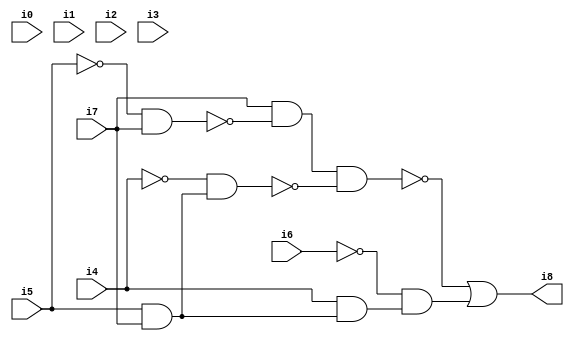
// Benchmark "SKOLEMFORMULA" written by ABC on Mon May  4 15:54:08 2020

module SKOLEMFORMULA ( 
    i0, i1, i2, i3, i4, i5, i6, i7,
    i8  );
  input  i0, i1, i2, i3, i4, i5, i6, i7;
  output i8;
  wire n10, n11, n12, n13, n14, n15, n16;
  assign n10 = ~i5 & i7;
  assign n11 = i7 & ~n10;
  assign n12 = i5 & i7;
  assign n13 = ~i4 & n12;
  assign n14 = n11 & ~n13;
  assign n15 = i4 & n12;
  assign n16 = ~i6 & n15;
  assign i8 = ~n14 | n16;
endmodule